Report on the administration of the Government Cinchona Department 1892-98
Year: 1892
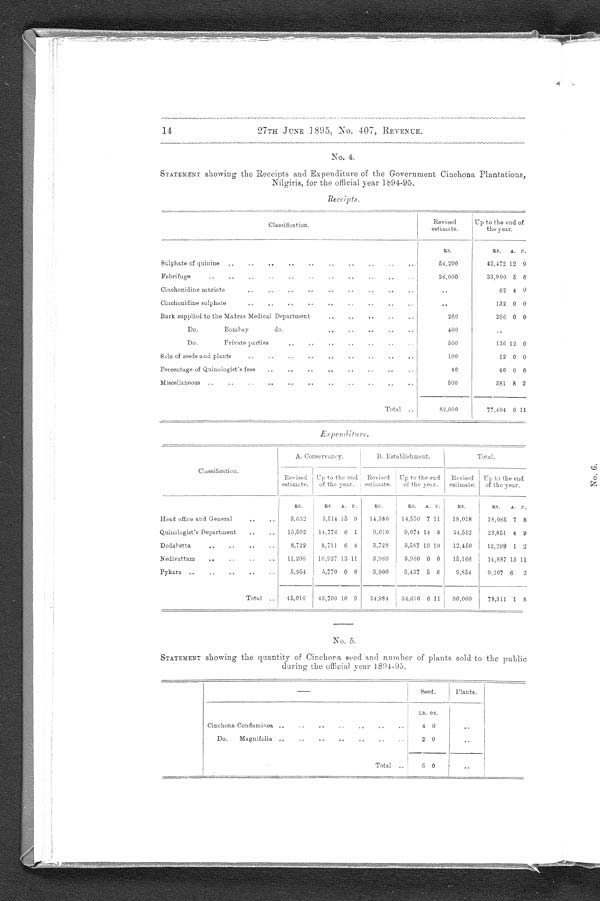
14
27TH JUNE 1895, No. 407, REVENUE.
No. 4.
STATEMENT showing the Receipts and Expenditure of the Government Cinchona Plantations,
Nilgiris, for the official year 1894-95.
Receipts.
Classification.
Revised
estimate.
Up to the end of
the year.
RS.
RS.
A. P.
Sulphate of quinine ..
..
..
..
..
..
..
..
..
..
54,200
42,472 12 9
Febrifuge ..
2 6 , 0 0 0
33,990 5 6
Ci nchonidine muriate..
..
..
..
..
..
..
..
..
..
6 2 4 0
Cinchonidine sulphate
..
..
..
..
..
..
..
..
..
..
132 0 0
Bark supplied to the Madras Medical Department
..
..
..
..
..
260
266 0 0
Do.
Bombay
do.
..
..
..
..
..
400
..
Do.
Private parties
..
..
..
..
..
..
..
500
136 12 0
Sale of seeds and plants
..
..
..
..
..
..
..
..
..
100
12 0 0
Percentage of Quinologist's fees
..
..
..
..
..
..
..
40
40 6 6
Miscellaneous ..
..
..
..
..
..
..
..
..
..
..
500
381 8 2
Total ..
82,000
77,494 0 11
Expenditure.
Classification.
A. Conservancy.
B. Establishment.
Total.
Revised
estimate.
Up to the end
of the year.
Revised
estimate.
Up to the end
of the year.
Revised
estimate.
Up to the end
of the year.
RS.
RS
A. P.
RS.
RS.
A. P.
RS.
RS.
A. P.
Head office and General
..
..
3,632
3,514 15 9
14,386
14,550 7 11
18,018
18,065 7 8
Quinologist ' s Department
..
..
15,502
14,776 6 1
9,010
9,074 14 8
24,512
23,851 4 9
Dodabetta
..
..
..
..
8 , 7 2 2 8,711 6 4
3,728
3,587 10 10
12,450
12,299 1 2
Nedivattam
..
..
..
..
11,206
10,927 13 11
3,960
3,960 0 0
15,166
14,887 13 11
Pykara ..
..
..
..
..
5,954
5,770 0 8
3,900
3,437 5 6
9,854
9,207 6
2
Total
. . 45,016
43,700 10 9
34,984
34,610 6 11
80,000
78,311 1 8
No . 5.
S TATEMENT showing the quantity of Cinchona seed and number of plants sold to the public
during the official year 1894-95.
Seed.
Plants.
LB. 0Z..
Cinchona Condaminea ..
..
..
..
..
..
4 0
..
Do.
Magnifolia ..
..
..
..
..
..
2 0
..
Total ..
6 0
..